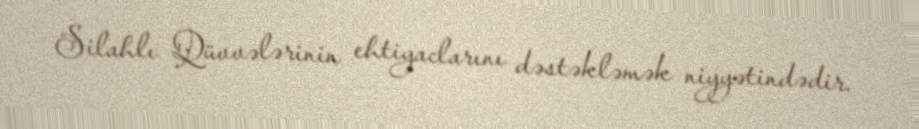
Silahlı Qüvvələrinin ehtiyaclarını dəstəkləmək niyyətindədir.